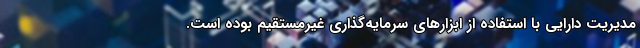
مدیریت دارایی با استفاده از ابزارهای سرمایه‌گذاری غیرمستقیم بوده است.